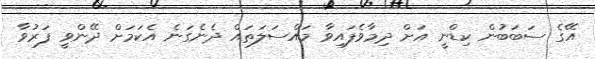
އޭގެ ސަބަބުން ކިޑްނީ އަށް ދިމާވެފައިވާ މައްސަލަތައް ދެނެގަނެ އެކަމަށް ދޭންވީ ފަރުވާ